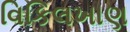
વિકિલખાણ